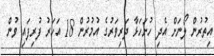
އިތުރުން ލޯނަށް އެދި ހުށަހަޅާ ދަރިވަރުގެ އުމުރުން 18 އަހަރު ފުރިފައި ވުން